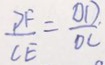
\frac { D F } { C E } = \frac { O D } { D C }